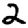
Digit: 2